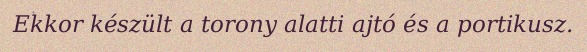
Ekkor készült a torony alatti ajtó és a portikusz.